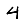
Digit: 4